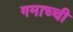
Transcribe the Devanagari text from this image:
गमाच्ची